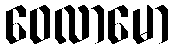
ဝေလာမော